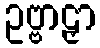
ဥဗ္ဗာဠှာ